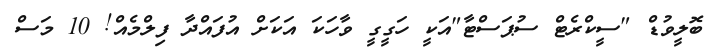
ބޮލީވުޑް "ސީކްރެޓް ސުޕަސްޓާ"އަކީ ހަގީގީ ވާހަކަ އަކަށް އުފައްދާ ފިލްމެއް! 10 މަސް